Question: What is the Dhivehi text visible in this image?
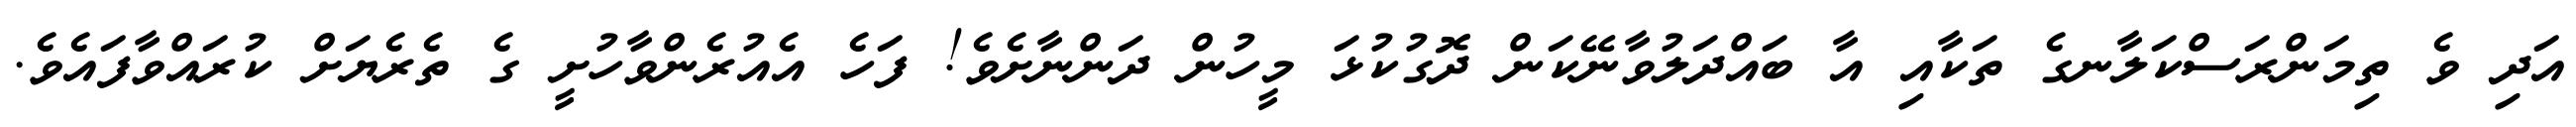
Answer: އަދި ވެ ތިމަންރަސްކަލާނގެ ތަކާއި އާ ބައްދަލުވާނޭކަން ދޮގުކުޅަ މީހުން ދަންނާށެވެ! ފަހެ އެއުރެންވާހުށީ ގެ ތެރެޔަށް ކުރައްވާފައެވެ.